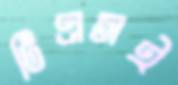
টিএসই